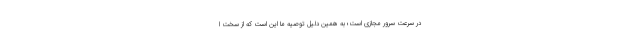
در سرعت سرور مجازی است؛ به همین دلیل توصیه ما این است که از سخت ا